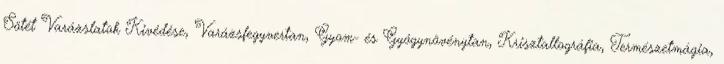
Sötét Varázslatok Kivédése, Varázsfegyvertan, Gyom- és Gyógynövénytan, Krisztallográfia, Természetmágia,